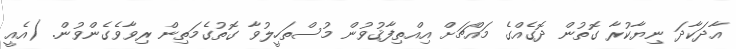
އާދަކާދަ ނިޔާކުރާ ގޮތުން ދޮގެއްގެ މައްޗަށް އިއްތިފާޤުވުން މުސްތަހީލުވާ ގޮތުގެމަތިން ރިވާވެގެންވުން. (އެއީ